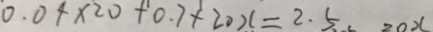
0 . 0 4 \times 2 0 + 0 . 7 + 2 0 x = 2 . 5